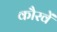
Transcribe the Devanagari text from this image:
कौरवें